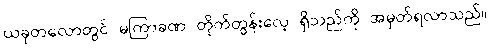
ယခုတလောတွင် မကြာခဏ တိုက်တွန်းလေ့ ရှိသည်ကို အမှတ်ရလာသည်။